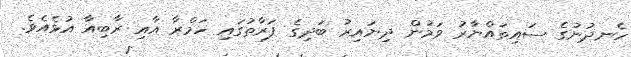
ހެނދުނުގެ ސައިތައްޔާރު ވަމުން ދިޔައިރު ބަދިގެ ފަރާތުގައި ހަމްރާ އާއި ރާބިއާ އުޅެއެވެ.